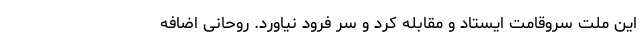
این ملت سروقامت ایستاد و مقابله کرد و سر فرود نیاورد. روحانی اضافه